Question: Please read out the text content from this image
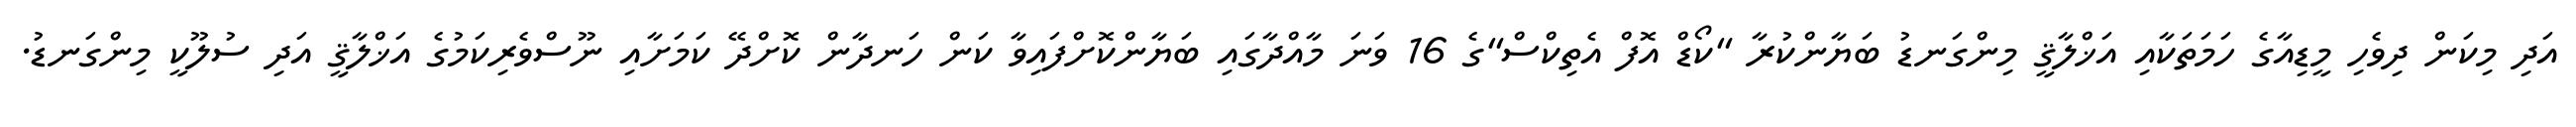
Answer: އަދި މިކަން ދިވެހި މީޑިއާގެ ހަމަތަކާއި އަޚްލާޤީ މިންގަނޑު ބަޔާންކުރާ "ކޯޑް އޮފް އެތިކްސް"ގެ 16 ވަނަ މާއްދާގައި ބަޔާންކޮށްފައިވާ ކަން ހަނދާން ކޮށްދޭ ކަމަށާއި ނޫސްވެރިކަމުގެ އަޚްލާޤީ އަދި ސުލޫކީ މިންގަނޑު.